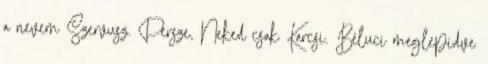
a nevem Szervusz. Persze, Neked csak Karcsi. Béluci meglepıdve